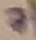
Text: 7